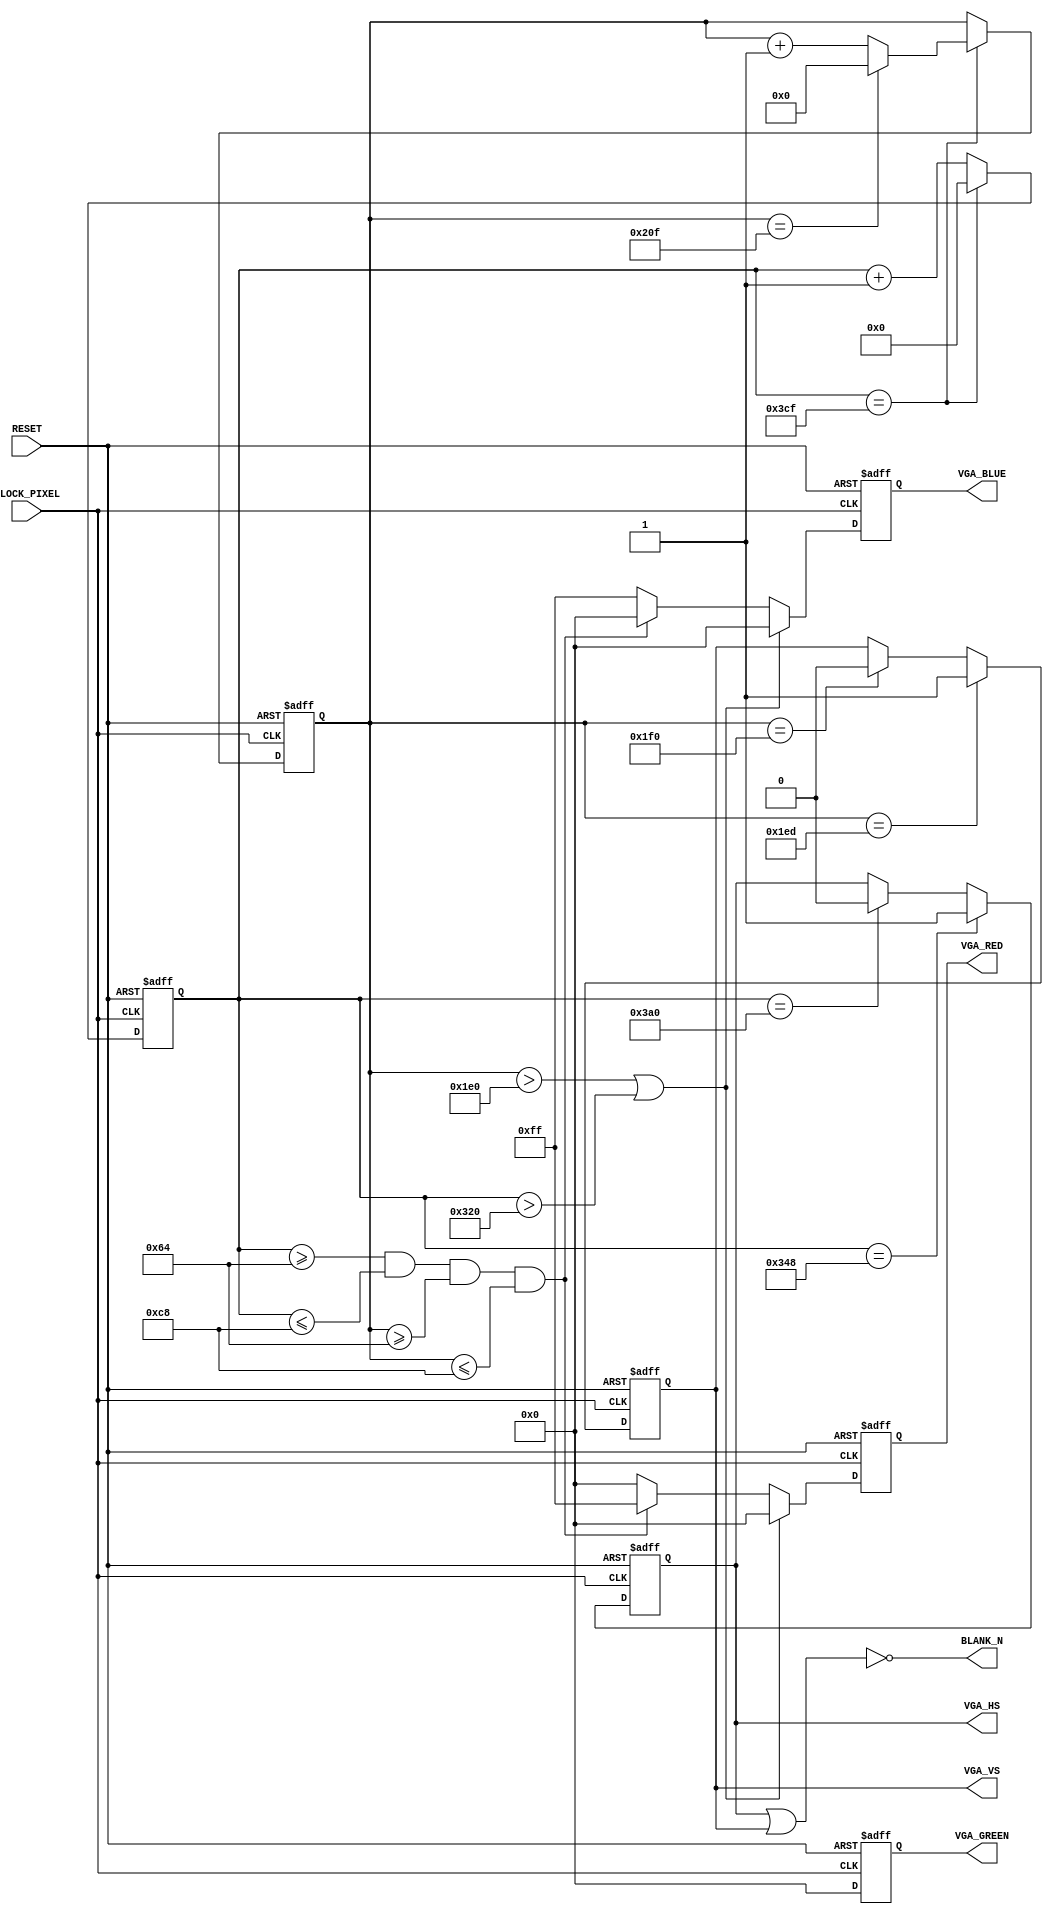

/*
 * VGA 800x480 screen
 *
 * The screen I'm using
 * http://www.amazon.co.uk/gp/product/B00IR5VRS4?psc=1&redirect=true&ref_=oh_aui_detailpage_o00_s01
 */

module vga_demo
    (
        CLOCK_PIXEL,
        RESET,
        VGA_RED,
        VGA_GREEN,
        VGA_BLUE,
        VGA_HS,
        VGA_VS,
        BLANK_N
    );
    input CLOCK_PIXEL;
    input RESET;
    output [7:0] VGA_RED;
    output [7:0] VGA_GREEN;
    output [7:0] VGA_BLUE;
    output VGA_HS;
    output VGA_VS;
    output BLANK_N;
    
    wire r_blank;


    /* Internal registers for horizontal signal timing */
    reg [10:0] hor_reg; // to count up to 975
    reg [10:0] hor_pixel; // the next pixel
    reg hor_sync;
    wire hor_max = (hor_reg == 975); // to tell when a line is full

    /* Internal registers for vertical signal timing */
    reg [9:0] ver_reg; // to count up to 527
    reg [10:0] ver_pixel; // the next pixel
    reg ver_sync;
    reg [7:0] red;
    reg [7:0] green;
    reg [7:0] blue;
    wire ver_max = (ver_reg == 527); // to tell when a line is full


    // Track the pixel count
    always @ (posedge CLOCK_PIXEL or posedge RESET) begin

        if (RESET) begin 
            hor_reg <= 0;
            ver_reg <= 0;
        end
        else if (hor_max) begin
            hor_reg <= 0;

            // end of screen
            if (ver_max) begin
                ver_reg <= 0;
            end else begin
                ver_reg <= ver_reg + 1'b1;
            end
        end else begin
            hor_reg <= hor_reg + 1'b1;
        end

    end
    
    always @ (posedge CLOCK_PIXEL or posedge RESET) begin
    
        if (RESET) begin 
            hor_sync <= 0;
            ver_sync <= 0;
            
            red <= 0;
            green <= 0;
            blue <= 0;
            
            hor_pixel <= 0;
            ver_pixel <= 0;
        end
        else begin

            // Generating the horizontal sync signal 
            if (hor_reg == 840) begin          // video (800) + front porch (40)
                hor_sync <= 1;                 // turn on horizontal sync pulse
            end else if (hor_reg == 928) begin // video (800) + front porch (40) + Sync Pulse (88)
                hor_sync <= 0;                 // turn off horizontal sync pulse
            end
            
            // Generating the vertical sync signal 
            if (ver_reg == 493) begin          // LINES: video (480) +  front porch (13)
                ver_sync <= 1;                 // turn on vertical sync pulse
            end else if (ver_reg == 496) begin // LINES: video (480) + front porch (13) + Sync Pulse (3)
                ver_sync <= 0;                 // turn off vertical sync pulse
            end
                
            // black during the porches
            if (ver_reg > 480 || hor_reg > 800) begin
                red <= 8'b0;
                green <= 8'b0;
                blue <= 8'b0;
                
                if (ver_reg > 480) begin
                    ver_pixel <= 0;
                end 
                if (hor_reg > 800) begin
                    hor_pixel <= 0;
                end 
                
            end
            
            else begin
                hor_pixel <= hor_reg;
                ver_pixel <= ver_reg;
                
                
                // Draw a single square.
                if (hor_reg >= 100 && hor_reg <= 200 && ver_reg >= 100 && ver_reg <= 200) begin
                    red <= 8'b1111_1111;
                    green <= 8'b0;
                    blue <= 8'b0;
                end 
                else begin
                    red <= 8'b0;
                    green <= 8'b0;
                    blue <= 8'b1111_1111;
                end
                

            end
        end
    end

    // Send the sync signals to the output.
    assign VGA_HS = hor_sync;
    assign VGA_VS = ver_sync;
    assign r_blank = VGA_HS || VGA_VS;
    assign BLANK_N = !r_blank;
 
    assign VGA_RED =  red;
    assign VGA_GREEN = green;
    assign VGA_BLUE = blue;

endmodule